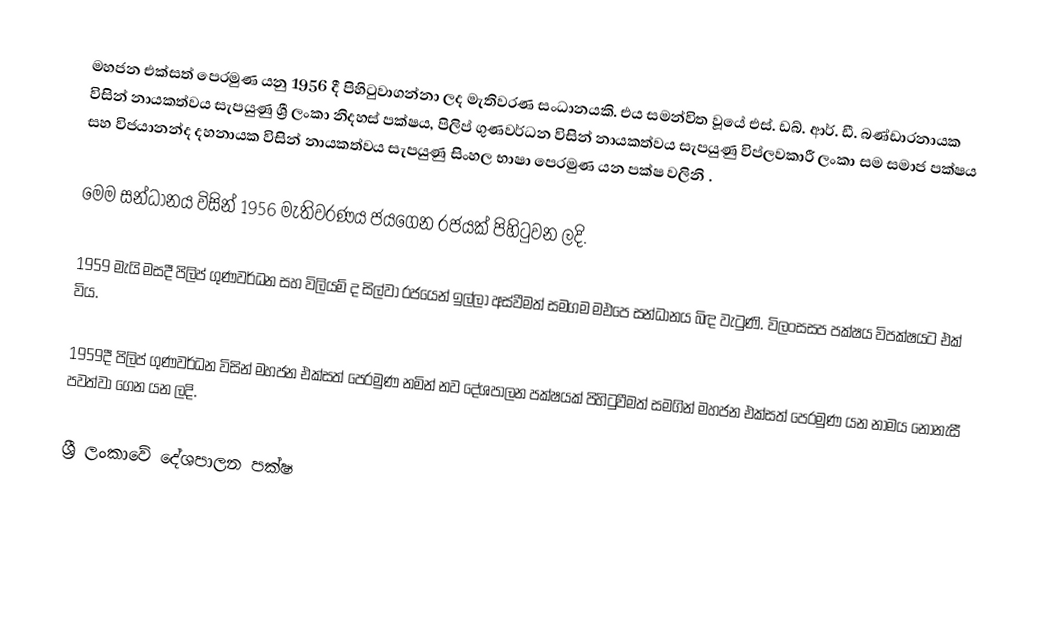
මහජන එක්සත් පෙරමුණ යනු 1956 දී පිහිටුවාගන්නා ලද මැතිවරණ සංධානයකි. එය සමන්විත වූයේ එස්. ඩබ්. ආර්. ඩී. බණ්ඩාරනායක විසින් නායකත්වය සැපයුණු ශ්‍රී ලංකා නිදහස් පක්ෂය,  පිලිප් ගුණවර්ධන  විසින් නායකත්වය සැපයුණු විප්ලවකාරී ලංකා සම සමාජ පක්ෂය සහ   විජයානන්ද දහනායක විසින් නායකත්වය සැපයුණු සිංහල භාෂා පෙරමුණ යන පක්ෂ වලිනි .

මෙම සන්ධානය විසින් 1956 මැතිවරණය ජයගෙන රජයක් පිහිටුවන ලදි.‍

1959 මැයි මසදී පිලිප් ගුණවර්ධන සහ විලියම් ද සිල්වා රජයෙන් ඉල්ලා අස්වීමත් සමගම මඑපෙ සන්ධානය බිඳ වැටුණි. විලංසසප පක්ෂය විපක්ෂයට එක් විය.

1959දී  පිලිප් ගුණවර්ධන විසින් මහජන එක්සත් පෙරමුණ‍ නමින් නව දේශපාලන පක්ෂයක් පිහිටුවීමත් සමගින් මහජන එක්සත් පෙරමුණ යන නාමය නොනැසී පවත්වා ගෙන යන ලදි.

ශ්‍රී ලංකාවේ දේශපාලන පක්ෂ